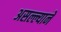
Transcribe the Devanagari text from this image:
असल्ल्याने